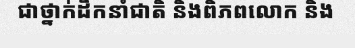
ជាថ្នាក់ដឹកនាំជាតិ និងពិភពលោក និង